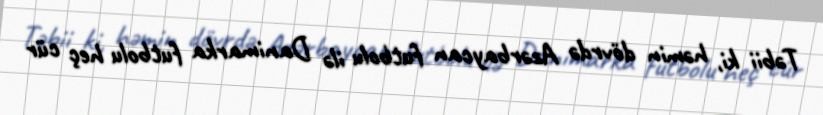
Təbii ki, həmin dövrdə Azərbaycan futbolu ilə Danimarka futbolu heç cür